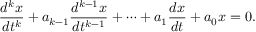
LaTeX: { \frac { d ^ { k } x } { d t ^ { k } } } + a _ { k - 1 } { \frac { d ^ { k - 1 } x } { d t ^ { k - 1 } } } + \cdots + a _ { 1 } { \frac { d x } { d t } } + a _ { 0 } x = 0 .